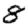
Digit: 8